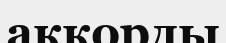
аккорды